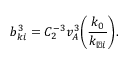
b _ { k i } ^ { 3 } = C _ { 2 } ^ { - 3 } v _ { A } ^ { 3 } \bigg ( \frac { k _ { 0 } } { k _ { \perp i } } \bigg ) .